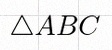
\triangle ABC